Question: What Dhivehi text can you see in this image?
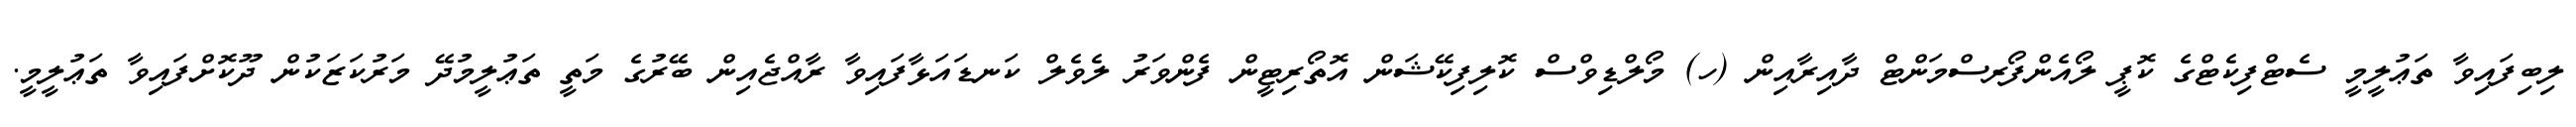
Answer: ލިބިފައިވާ ތަޢުލީމީ ސެޓްފިކެޓްގެ ކޮޕީ ލޯއެންފޯރސްމަންޓް ދާއިރާއިން (ހ) މޯލްޑިވްސް ކޮލިފިކޭޝަން އޮތޯރިޓީން ފެންވަރު ލެވެލް ކަނޑައަޅާފައިވާ ރާއްޖެއިން ބޭރުގެ މަތީ ތަޢުލީމުދޭ މަރުކަޒަކުން ދޫކޮށްފައިވާ ތަޢުލީމީ.